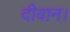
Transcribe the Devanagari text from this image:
दीवान।